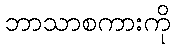
ဘာသာစကားကို